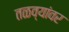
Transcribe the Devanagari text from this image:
तळव्यांवर